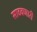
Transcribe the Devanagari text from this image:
साठवणारी